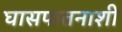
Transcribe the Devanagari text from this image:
घासपातनाशी